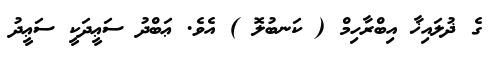
ގެ ޛުލައިޚާ އިބްރާހިމް ( ކަނބުލޮ ) އެވެ. ޢަބްދު ސަޢީދަކީ ސަޢީދު